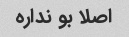
اصلا بو نداره